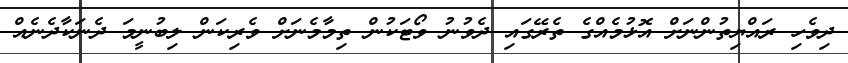
ދިވެހި ރައްޔިތުންނަށް އޮޅުމެއްގެ ތެރޭގައި ދެވުނު ވޯޓަކުން ތިމާމެނަށް ވެރިކަން ލިބުނީމަ ދެނަކާދެނެއް